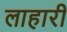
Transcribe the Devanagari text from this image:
लाहारी